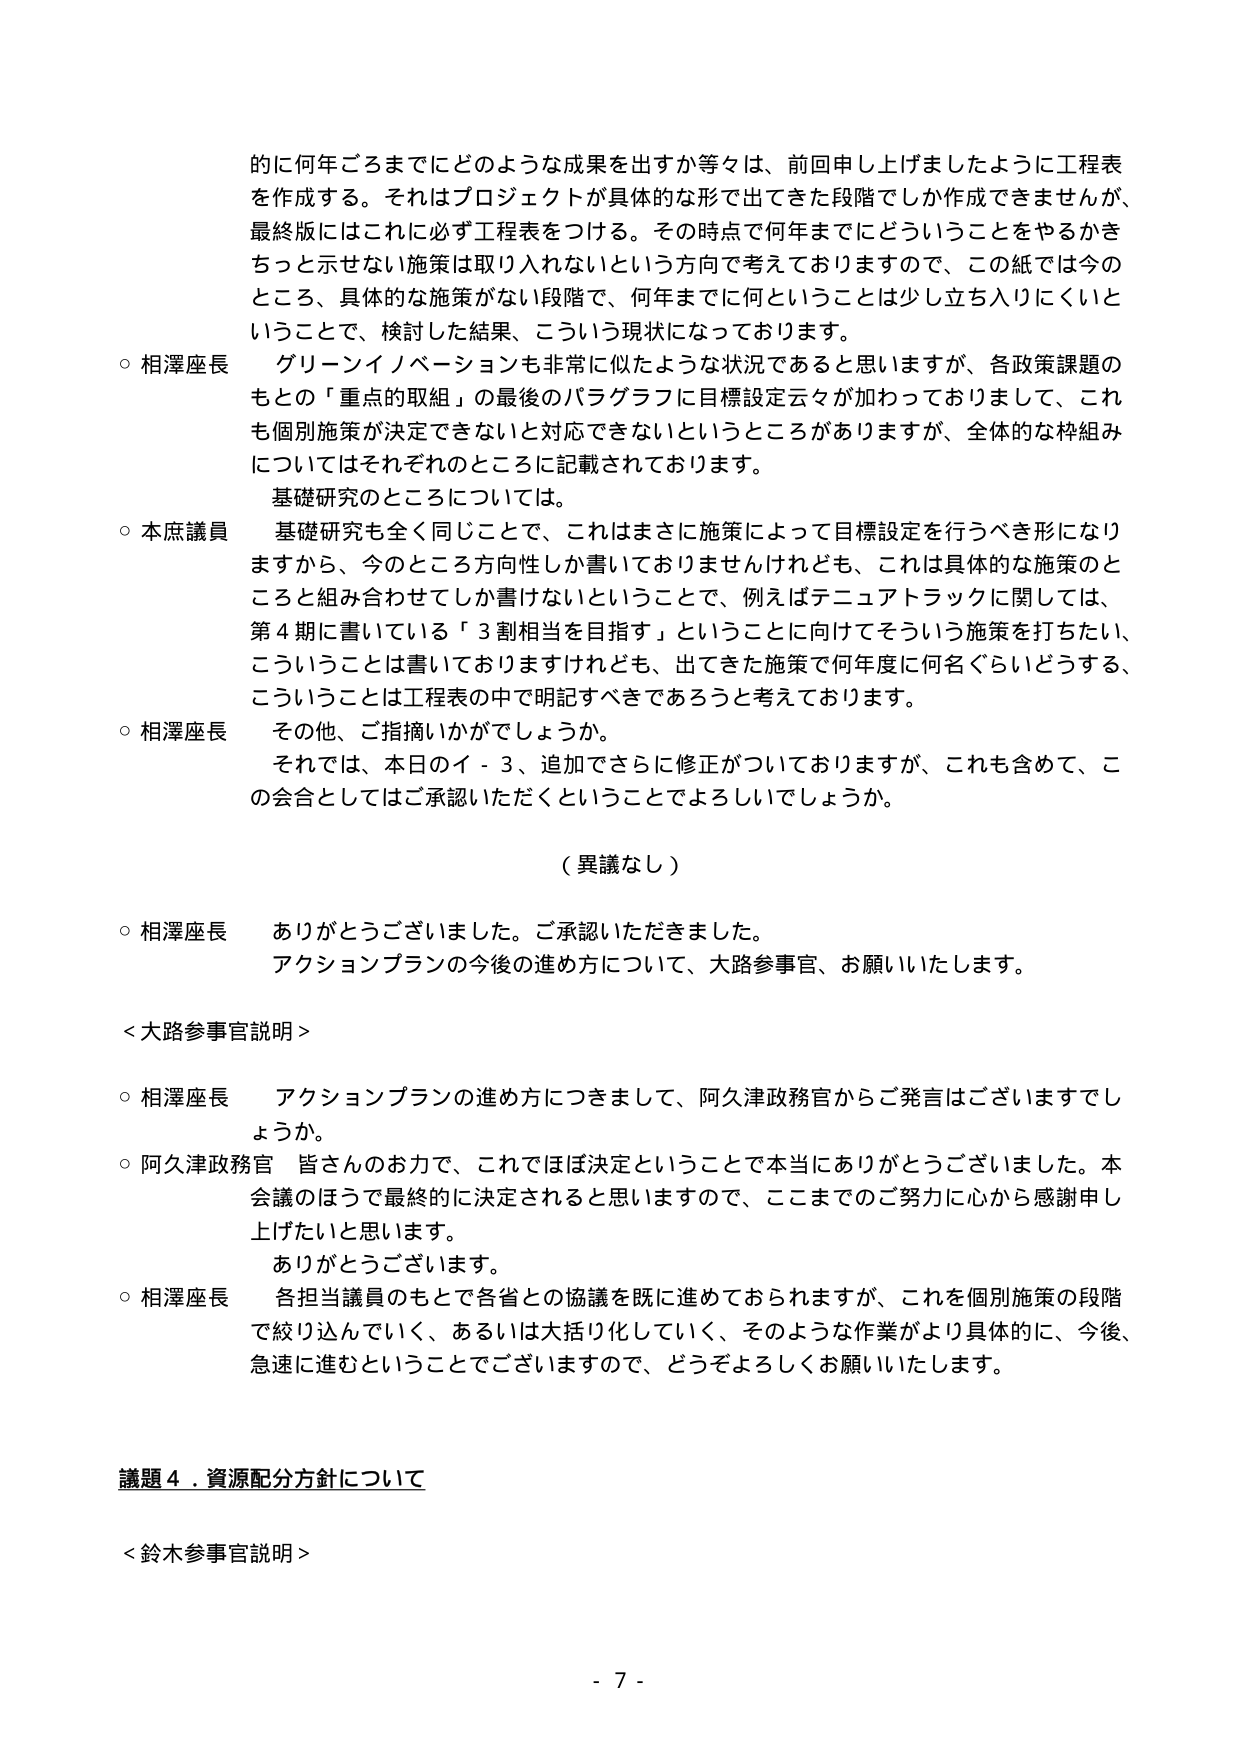
的に何年ごろまでにどのような成果を出すか等々は、前回申し上げましたように工程表を作成する。それはプロジェクトが具体的な形で出てきた段階でしか作成できませんが、最終版にはこれに必ず工程表をつける。その時点で何年までにどういうことをやるかきちっと示せない施策は取り入れないという方向で考えておりますので、この紙では今のところ、具体的な施策がない段階で、何年までに何ということは少し立ち入りにくいということで、検討した結果、こういう現状になっております。

○ 相澤座長　グリーンイノベーションも非常に似たような状況であると思いますが、各政策課題のもとの「重点的取組」の最後のパラグラフに目標設定云々が加わっておりますし、これも個別施策が決定できないと対応できないというところがありますが、全体的な枠組みについてはそれぞれのところに記載されております。

　基礎研究のところについては。

○ 本庶議員　基礎研究も全く同じことで、これはまさに施策によって目標設定を行うべき形になりますから、今のところ方向性しか書いておりませんけれども、これは具体的な施策のところと組み合わせてしか書けないということで、例えばテニュアトラックに関しては、第４期に書いている「３割相当を目指す」ということに向けてそういう施策を打ちたい、こういうことは書いておりますけれども、出てきた施策で何年度に何名ぐらいどうする、ということは工程表の中で明記すべきであろうと考えております。

○ 相澤座長　その他、ご指摘いかがでしょうか。

　それでは、本日のイ－３、追加でさらに修正がついておりますが、これも含めて、この会合としてはご承認いただくということでよろしいでしょうか。

　（異議なし）

○ 相澤座長　ありがとうございました。ご承認いただきました。

　アクションプランの今後の進め方について、大路参事官、お願いいたします。

＜大路参事官説明＞

○ 相澤座長　アクションプランの進め方につきまして、阿久津政務官からご発言ございますでしょうか。

○ 阿久津政務官　皆さんのお力で、これでほぼ決定ということで本当にありがとうございました。本会議のほうで最終的に決定されると思いますので、ここまでのご努力に心から感謝申し上げたいと思います。

　ありがとうございます。

○ 相澤座長　各担当議員のもとで各省との協議を既に進めておられますますが、これを個別施策の段階で絞り込んでいく、あるいは大括り化していく、そのような作業がより具体的に、今後、急速に進むということでございますので、どうぞよろしくお願いいたします。

議題４．資源配分方針について

＜鈴木参事官説明＞

- 7 -